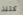
كتلة